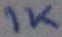
Text: 1K